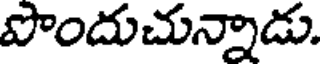
పొందుచున్నాడు.